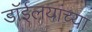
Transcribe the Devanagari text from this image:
डाॅईलयांच्या